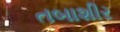
તબાશીર